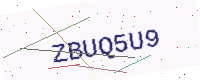
Text: ZBUQ5U9